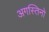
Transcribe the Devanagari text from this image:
अगस्तिनो